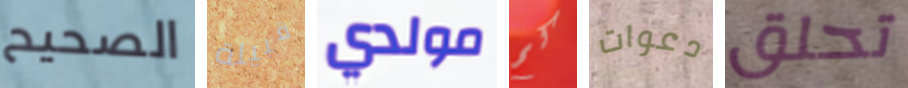
الصحيح قبيلة مولدي كم دعوات تحلق